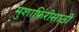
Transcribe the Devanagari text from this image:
मुशाफिरीसाठी